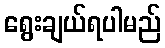
ရွေးချယ်ရပါမည်